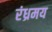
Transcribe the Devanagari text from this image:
रंध्रमय